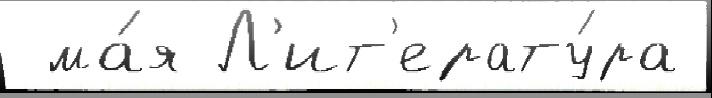
 ма́я Л'ит'ерату́ра